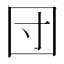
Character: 団